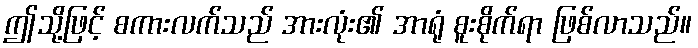
ဤသို့ဖြင့် စကားလက်သည် အားလုံး၏ အာရုံ စူးစိုက်ရာ ဖြစ်လာသည်။